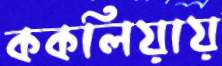
ককলিয়ায়